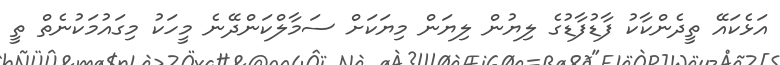
އަޅެކައޭ ތީދެންކާކު ފާޑުފާޑުގެ ލިޔުން ލިޔަން މިޔަކަށް ސަމާލްކަންދޭނެ މީހަކު މިގައުމަކުނެތް ތީ